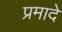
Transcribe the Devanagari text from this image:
प्रमादे